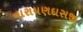
નારાયણદાસજી